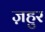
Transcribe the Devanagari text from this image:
ज़हुर